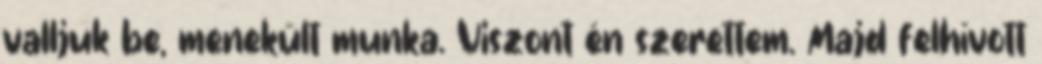
valljuk be, menekült munka. Viszont én szerettem. Majd felhívott